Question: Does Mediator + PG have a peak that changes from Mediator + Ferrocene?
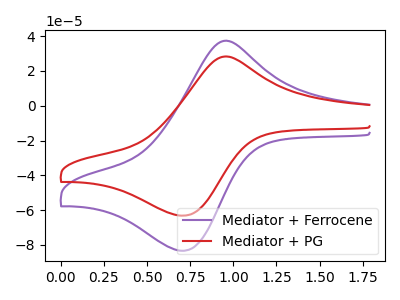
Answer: <think>The purple curve "Mediator + Ferrocene" has an anodic peak at (0.95V, 37.00uA) and a cathodic peak at (0.70V, -83.40uA). The red curve "Mediator + PG" has an anodic peak at (0.95V, 28.05uA) and a cathodic peak at (0.70V, -63.20uA).
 All the peaks in "Mediator + PG" have a peak in "Mediator + Ferrocene" at the same potential. Every peak in "Mediator + PG" is lower than every peak in "Mediator + Ferrocene".</think>
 <answer>No, "Mediator + PG" and "Mediator + Ferrocene" don't appear to be significantly different in shape</answer>
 <eval>no_change</eval>